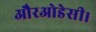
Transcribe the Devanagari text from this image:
औरओडेसी।